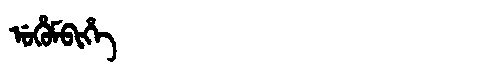
Manchu: ᡠᡥᡠᠮᠪᡳᡥᡝ
Romanization: UHUMBIHE